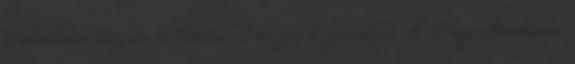
Inkubátorház és a Goethe Intézet biztosítja. A Füge előadásai